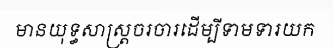
មានយុទ្ធសាស្ត្រចរចារដើម្បីទាមទារយក